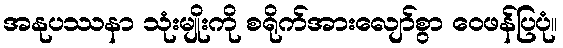
အနုပဿနာ သုံးမျိုးကို စရိုက်အားလျော်စွာ ဝေဖန်ပြပုံ။